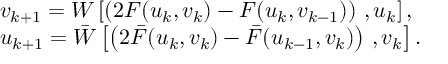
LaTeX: \begin{array} { l } { { v _ { k + 1 } = W \left[ \left( 2 F ( u _ { k } , v _ { k } ) - F ( u _ { k } , v _ { k - 1 } ) \right) \, , u _ { k } \right] , } } \\ { { u _ { k + 1 } = \bar { W } \left[ \left( 2 \bar { F } ( u _ { k } , v _ { k } ) - \bar { F } ( u _ { k - 1 } , v _ { k } ) \right) \, , v _ { k } \right] . } } \end{array}